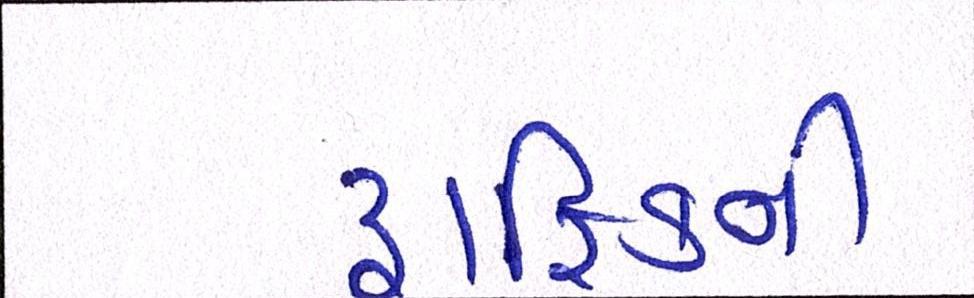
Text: ટ્રાફિકની